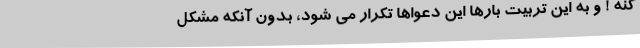
كنه ! و به اين تربيت بارها اين دعواها تكرار مي شود، بدون آنكه مشكل